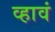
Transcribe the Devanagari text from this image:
व्‍हावं